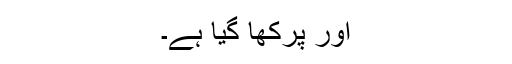
اور پرکھا گیا ہے۔